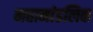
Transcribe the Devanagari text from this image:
महामांडलिक